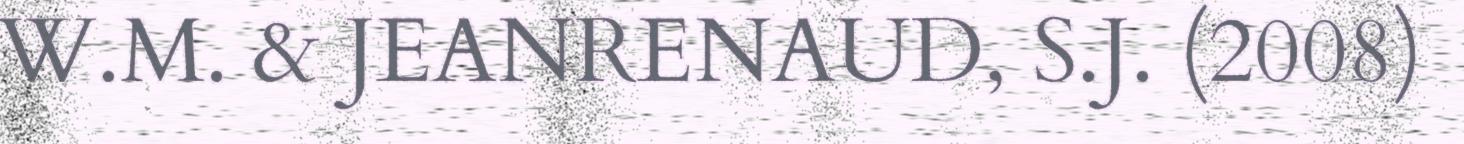
W.M. & JEANRENAUD, S.J. (2008)